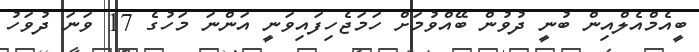
ބީއެމްއެލްއިން ބުނީ ދުވުން ބޭއްވުމަށް ހަމަޖެހިފައިވަނީ އަންނަ މަހުގެ 17 ވަނަ ދުވަހު